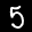
Label: 5